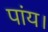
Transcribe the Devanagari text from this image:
पांय।